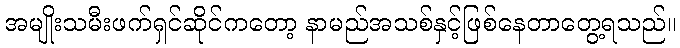
အမျိုးသမီးဖက်ရှင်ဆိုင်ကတော့ နာမည်အသစ်နှင့်ဖြစ်နေတာတွေ့ရသည်။